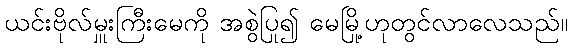
ယင်းဗိုလ်မှူးကြီးမေကို အစွဲပြု၍ မေမြို့ဟုတွင်လာလေသည်။